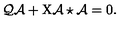
{ \cal Q } \mathcal { A } + \mathrm { X } \mathcal { A } \star \mathcal { A } = 0 .